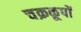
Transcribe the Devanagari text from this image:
चक्रकूपों